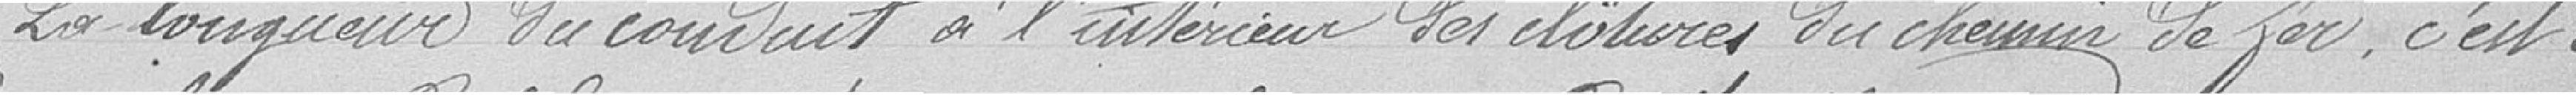
La longueur du conduit à l'intérieur des clôtures du chemin de fer, c'est à